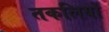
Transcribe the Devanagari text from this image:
तकलियों